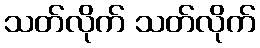
သတ်လိုက် သတ်လိုက်